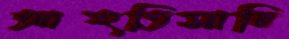
আহতিসারি